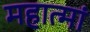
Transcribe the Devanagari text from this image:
महात्मां